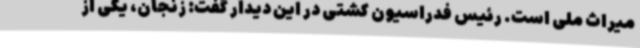
میراث ملی است. رئیس فدراسیون کشتی در این دیدار گفت: زنجان، یکی از